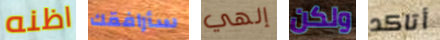
اظنه سأرافقك إلهي ولكن أتاكد